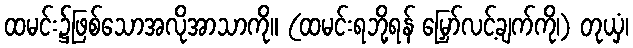
ထမင်း၌ဖြစ်သောအလိုအာသာကို။ (ထမင်းရဘို့ရန် မြှော်လင့်ချက်ကို၊) တုယှံ၊